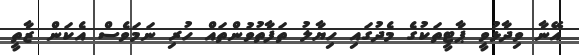
އޭނާ ވިދާޅުވީ ޕާޓީތަކުގެ މެދުގައި ހިޔާލު ތަފާތުވުންތައް ހުރި ނަމަވެސް އެކަން ޒާތީ